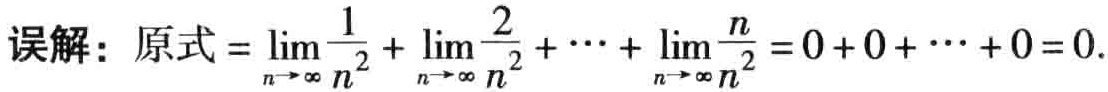
误解：原式\(=\lim_{n \to \infty} \frac{1}{n^2}+\lim_{n \to \infty} \frac{2}{n^2}+\cdots+\lim_{n \to \infty} \frac{n}{n^2}=0 + 0+\cdots+0 = 0\).